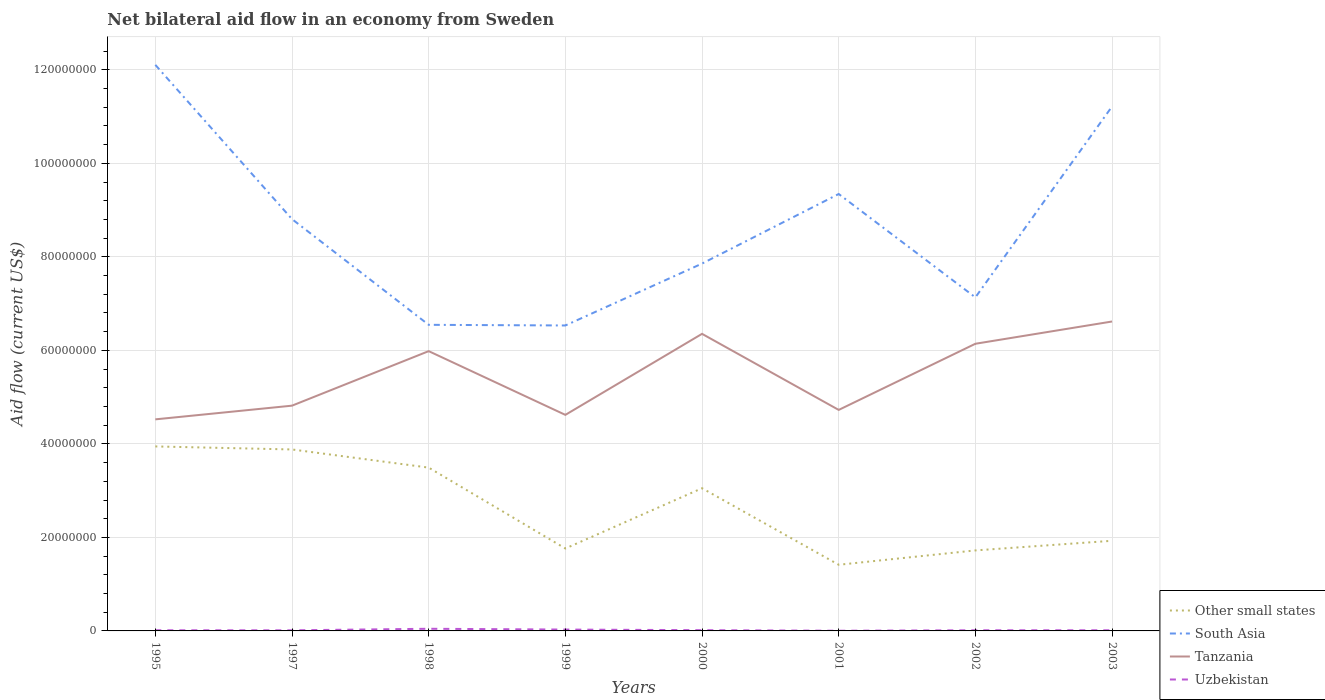
| Years | Other small states | South Asia | Tanzania | Uzbekistan |
 | --- | --- | --- | --- | --- |
 | 1995 | 3.95e+07 | 1.21e+08 | 4.52e+07 | 1.4e+05 |
 | 1997 | 3.88e+07 | 8.81e+07 | 4.82e+07 | 1.3e+05 |
 | 1998 | 3.49e+07 | 6.55e+07 | 5.98e+07 | 4.6e+05 |
 | 1999 | 1.76e+07 | 6.53e+07 | 4.62e+07 | 2.9e+05 |
 | 2000 | 3.05e+07 | 7.86e+07 | 6.35e+07 | 1.6e+05 |
 | 2001 | 1.42e+07 | 9.34e+07 | 4.73e+07 | 4e+04 |
 | 2002 | 1.72e+07 | 7.13e+07 | 6.14e+07 | 1.4e+05 |
 | 2003 | 1.93e+07 | 1.12e+08 | 6.62e+07 | 1.4e+05 |